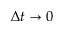
\Delta t \to 0